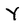
Character: Y